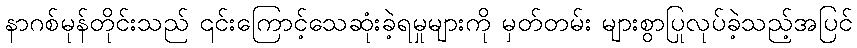
နာဂစ်မုန်တိုင်းသည် ၎င်းကြောင့်သေဆုံးခဲ့ရမှုများကို မှတ်တမ်း များစွာပြုလုပ်ခဲ့သည့်အပြင်